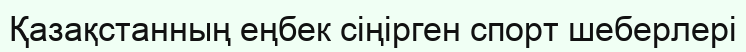
Қазақстанның еңбек сіңірген спорт шеберлері